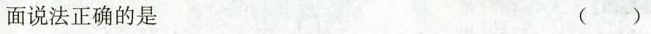
面说法正确的是 ( )